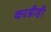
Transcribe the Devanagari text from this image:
काडीही